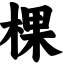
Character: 棵